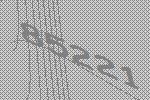
85221